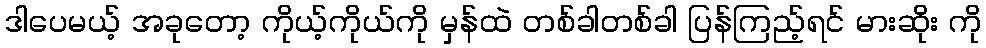
ဒါပေမယ့် အခုတော့ ကိုယ့်ကိုယ်ကို မှန်ထဲ တစ်ခါတစ်ခါ ပြန်ကြည့်ရင် မားဆိုး ကို